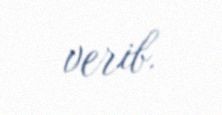
verib.